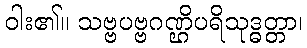
ဝါး၏။ သဗ္ဗပဗ္ဗဂဏ္ဌိပရိသုဒ္ဓတ္တာ၊